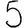
Digit: 5